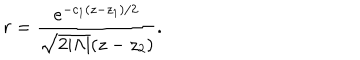
LaTeX: r = { \frac { e ^ { - c _ { 1 } ( z - z _ { 1 } ) / 2 } } { \sqrt { 2 | \Lambda | } ( z - z _ { 2 } ) } } .